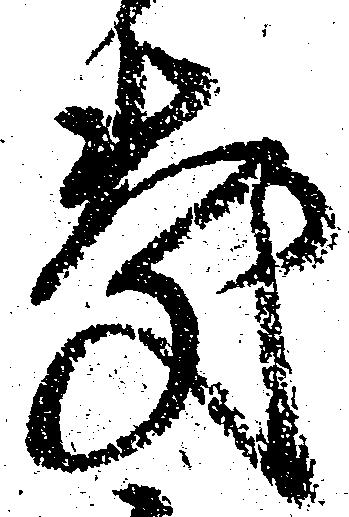
慶